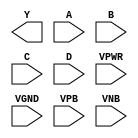
module sky130_fd_sc_hd__nand4 (
    Y   ,
    A   ,
    B   ,
    C   ,
    D   ,
    VPWR,
    VGND,
    VPB ,
    VNB
);

    output Y   ;
    input  A   ;
    input  B   ;
    input  C   ;
    input  D   ;
    input  VPWR;
    input  VGND;
    input  VPB ;
    input  VNB ;
endmodule